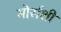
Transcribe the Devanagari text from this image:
मोर्सशी